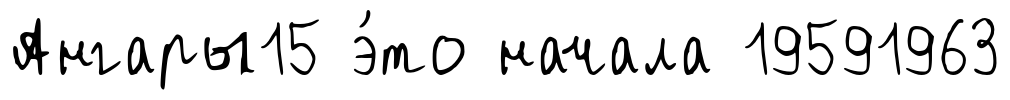
Ангары15 э́то начала 19591963